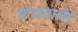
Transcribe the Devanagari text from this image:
मांसवाली